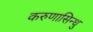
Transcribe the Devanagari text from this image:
करुणासिन्धु